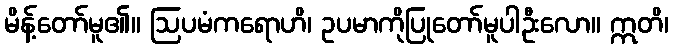
မိန့်တော်မူ၏။ ဩပမံကရောဟိ၊ ဥပမာကိုပြုတော်မူပါဦးလော။ ဣတိ၊